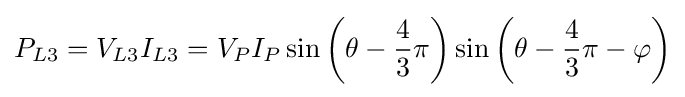
P_{L3}=V_{L3}I_{L3}=V_{P}I_{P}\sin \left(\theta -{\frac {4}{3}}\pi \right)\sin \left(\theta -{\frac {4}{3}}\pi -\varphi \right)